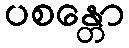
ပစန္တော